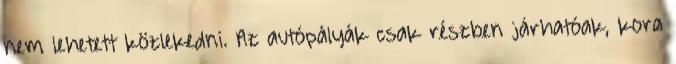
nem lehetett közlekedni. Az autópályák csak részben járhatóak, kora